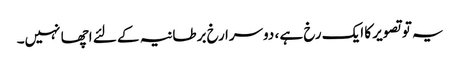
یہ تو تصویر کا ایک رخ ہے ، دوسرا رخ برطانیہ کے لئے اچھا نہیں۔